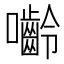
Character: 𭌿